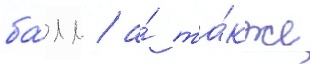
ба́лл / а́ та́кже